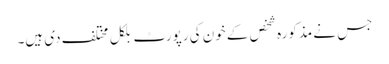
جس نے مذکورہ شخص کے خون کی رپورٹ بلکل مختلف دی ہیں۔